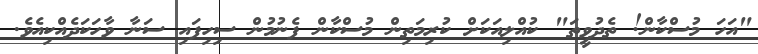
"އަހަ މުސްކާން! ތެދުވީތަ" ކުއްލިއަކަށް ކުރިމަތިން މުސްކާން ފެނުމުން ސިހިފައި ސަނާ ވާހަކަދެއްކިއެވެ.